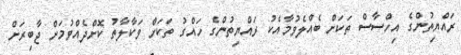
ރައްޔިތުންގެ އިހްސާސް ތަކަށް ބެއްލެވުމާއެކު ރައްޔިތުންގެ ހައްގު ތަކަށް ވަކާލާތު ކޮށްދެއްވުމަށް ޖާބިރަށް